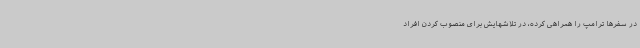
در سفرها ترامپ را همراهی کرده، در تلاشهایش برای منصوب کردن افراد